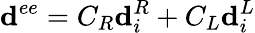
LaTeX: \mathbf{d}^{ee}=C_{R}\mathbf{d}_{i}^{R}+C_{L}\mathbf{d}_{i}^{L}